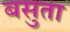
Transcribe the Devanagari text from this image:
बसुता